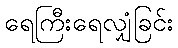
ရေကြီးရေလျှံခြင်း